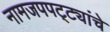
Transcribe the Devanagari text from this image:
नामजपपट्ट्यांचे